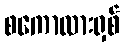
စကောလားရှစ်